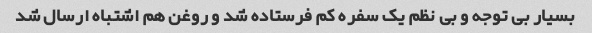
بسیار بی توجه و بی نظم یک سفره کم فرستاده شد و روغن هم اشتباه ارسال شد